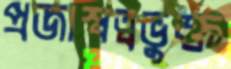
প্রজাস্বত্বভুক্ত